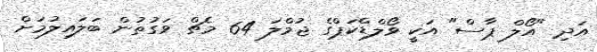
އަދި "އޯލް ޕާސް" އަކީ ވޯލްޑްކަޕްގެ ޖުމްލަ 64 މެޗް ވަގުތުން ބަލައިލުމަށް